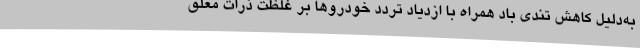
به‌دلیل کاهش تندی باد همراه با ازدیاد تردد خودروها بر غلظت ذرات معلق